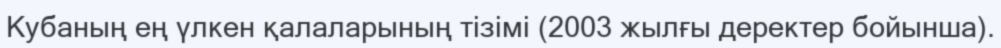
Кубаның ең үлкен қалаларының тізімі (2003 жылғы деректер бойынша).